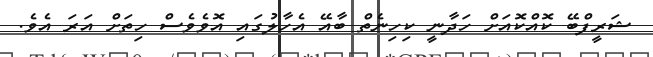
ޝަރީފްބޭ ކޮއްކޮއަށް ހަދާނީ ކިހިނެތް ބާއޭ އެހާލުގައި އޮވެވެސް ހިތަށް އަރަ އެވެ.